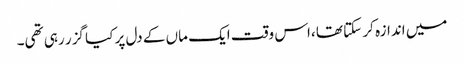
میں اندازہ کر سکتا تھا ،اس وقت ایک ماں کے دل پر کیا گزر رہی تھی۔